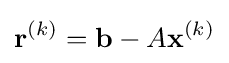
\mathbf {r} ^{(k)}=\mathbf {b} -A\mathbf {x} ^{(k)}